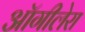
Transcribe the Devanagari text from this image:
ऑगीलेरा